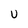
Character: U